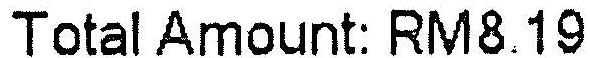
TOTAL AMOUNT: RM8.19